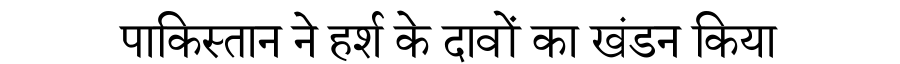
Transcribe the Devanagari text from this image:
पाकिस्तान ने हर्श के दावों का खंडन किया